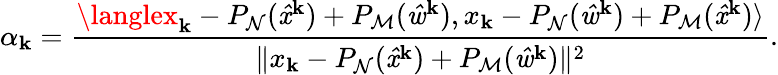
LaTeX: \alpha_{\mathbf{k}}=\frac{{\langlex_{\mathbf{k}}-P_{\mathrm{{\mathcal{{N}}}}}(\mathit{{\hat{{x}}}}^{\mathbf{k}})+P_{\mathrm{{\mathcal{{M}}}}}(\mathit{{\hat{{w}}}}^{\mathbf{k}}),x_{\mathbf{k}}-P_{\mathrm{{\mathcal{{N}}}}}(\mathit{{\hat{{w}}}}^{\mathbf{k}})+P_{\mathrm{{\mathcal{{M}}}}}(\mathit{{\hat{{x}}}}^{\mathbf{k}})\rangle}}{{\| x_{\mathbf{k}}-P_{\mathrm{{\mathcal{{N}}}}}(\mathit{{\hat{{x}}}}^{\mathbf{k}})+P_{\mathrm{{\mathcal{{M}}}}}(\mathit{{\hat{{w}}}}^{\mathbf{k}})\| ^{2}}}.